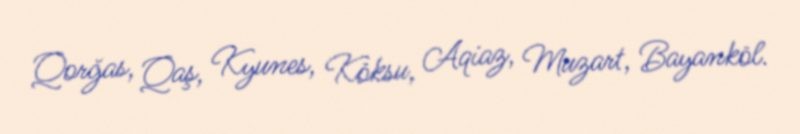
Qorğas, Qaş, Kyunes, Köksu, Aqiaz, Muzart, Bayanköl.